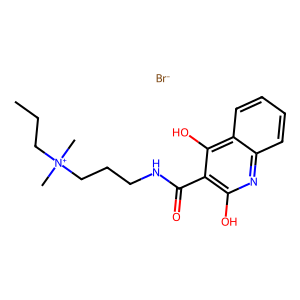
SMILES: CCC[N+](C)(C)CCCNC(=O)c1c(O)nc2ccccc2c1O.[Br-]
Inhibits HIV replication: No